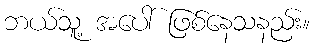
ဘယ်သူ့ အပေါ် ဖြစ်နေသနည်း။